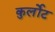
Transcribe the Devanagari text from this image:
कुर्लोट